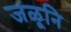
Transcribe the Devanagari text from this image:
जळूनि